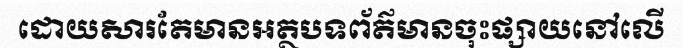
ដោយសារតែមានអត្ថបទព័ត៌មានចុះផ្សាយនៅលើ